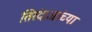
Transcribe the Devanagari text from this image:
तिरंदाजांच्या